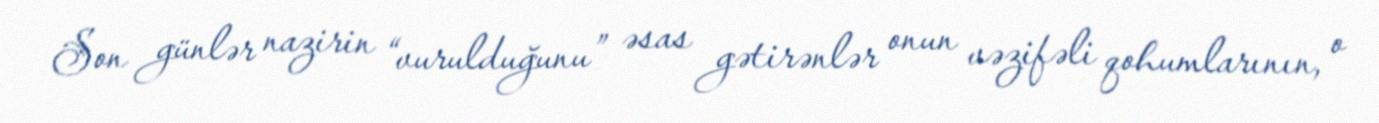
Son günlər nazirin “vurulduğunu” əsas gətirənlər onun vəzifəli qohumlarının, o